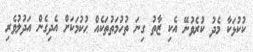
ކުކުޅަކާ މެދު ކުރެވުނޭ އެކި ޒާތު ގިނަ ތުހުމަތުތަކެއް ޙުކުމަކަށް އެދިގެން އަދުލުވެރި